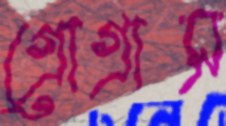
গ্রোগ্রাস